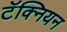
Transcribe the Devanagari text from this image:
टॅक्नियन